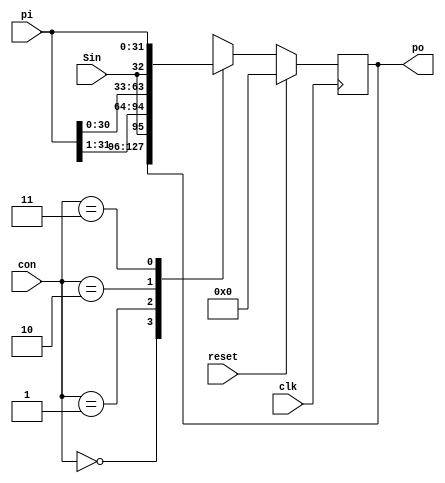
module shift_reg32(Sin,pi,clk,reset,con,po);
input Sin,clk,reset;
input [31:0]pi;
input [1:0]con;
output reg [31:0]po;

always @(posedge clk)
begin
	if(reset)
		begin
			po<=0;
		end
		
	else
	begin
		case(con)
			2'b00:po<=po;// no operation
			2'b01:po<={Sin,pi[31:1]};//right shift
			2'b10:po<={pi[30:0],Sin};// left shift
			2'b11:po<=pi; 
		endcase
	end
end

endmodule